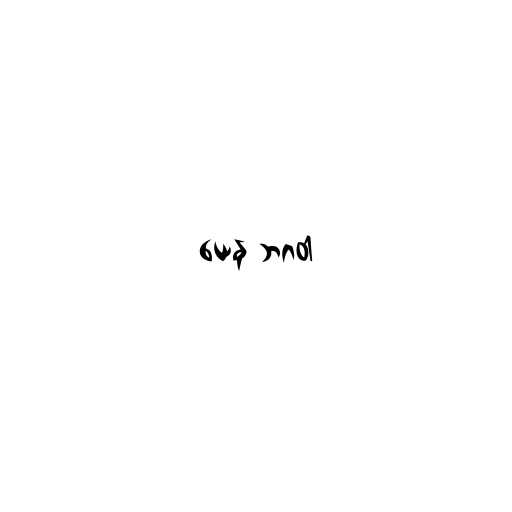
ယေန ဘဂဝါ